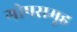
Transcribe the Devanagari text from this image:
गोपसमूह